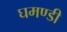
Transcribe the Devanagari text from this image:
घमण्‍डी